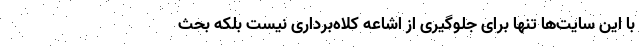
با این سایت‌ها تنها برای جلوگیری از اشاعه کلاه‌برداری نیست بلکه بحث